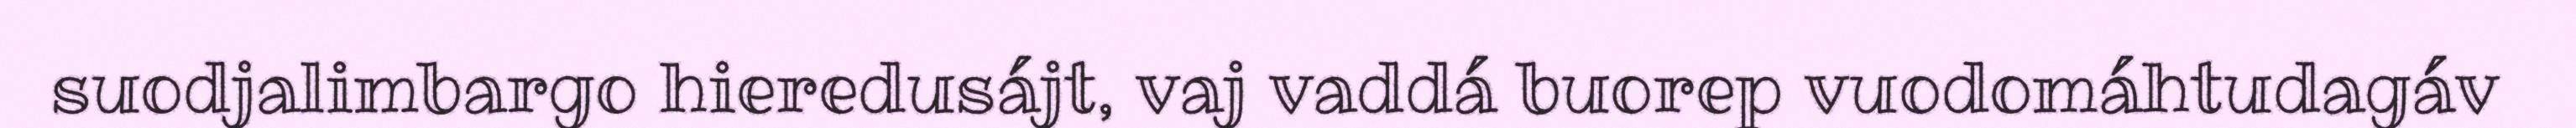
suodjalimbargo hieredusájt, vaj vaddá buorep vuodomáhtudagáv